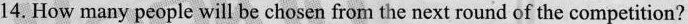
14.How many people will be chosen from the next round of the competition?